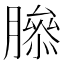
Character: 𦠨